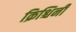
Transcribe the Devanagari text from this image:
क्रिश्चिनी